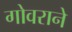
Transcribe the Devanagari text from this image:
गोवराने